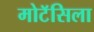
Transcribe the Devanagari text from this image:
मोटॅसिला